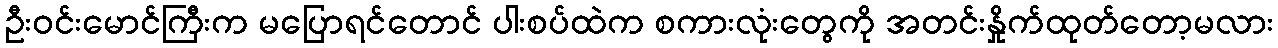
ဦးဝင်းမောင်ကြီးက မပြောရင်တောင် ပါးစပ်ထဲက စကားလုံးတွေကို အတင်းနှိုက်ထုတ်တော့မလား